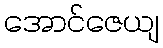
အောင်ဇေယျ